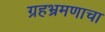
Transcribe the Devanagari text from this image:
ग्रहभ्रमणाचा